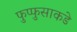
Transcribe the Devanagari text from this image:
फुप्फुसाकडे